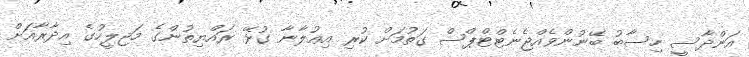
އަންދާސީ ހިސާބު ބޭނުންވެއްޖެނެޓްޓްޕްސް ގަތުމަށް ކުރި އިޢުލާނާ ގުޅޭ ރައްޔިތުންގެ މަޖިލީހުގެ އިދާރާއަށް